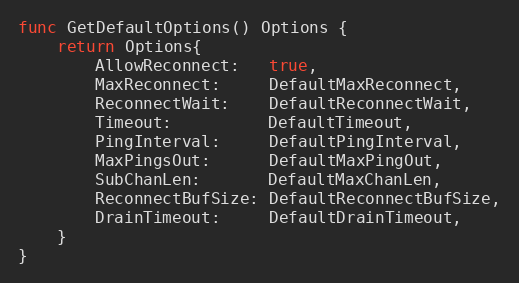
Language: Go
func GetDefaultOptions() Options {
	return Options{
		AllowReconnect:   true,
		MaxReconnect:     DefaultMaxReconnect,
		ReconnectWait:    DefaultReconnectWait,
		Timeout:          DefaultTimeout,
		PingInterval:     DefaultPingInterval,
		MaxPingsOut:      DefaultMaxPingOut,
		SubChanLen:       DefaultMaxChanLen,
		ReconnectBufSize: DefaultReconnectBufSize,
		DrainTimeout:     DefaultDrainTimeout,
	}
}